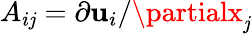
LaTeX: A_{i\mathit{j}}=\partial\mathbf{u}_{i}/\partialx_{\mathit{j}}